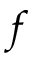
f